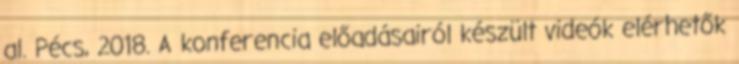
al. Pécs, 2018. A konferencia előadásairól készült videók elérhetők